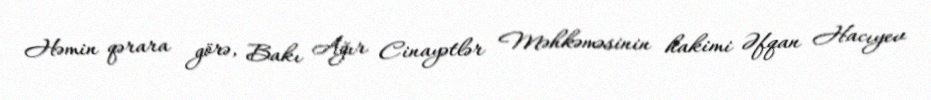
Həmin qərara görə, Bakı Ağır Cinayətlər Məhkəməsinin hakimi Əfqan Hacıyev